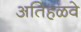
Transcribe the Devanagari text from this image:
अतिहळवे